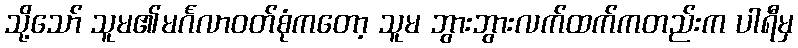
သို့သော် သူမ၏မင်္ဂလာဝတ်စုံကတော့ သူမ ဘွားဘွားလက်ထက်ကတည်းက ပါရီမှ